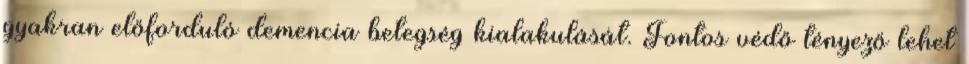
gyakran előforduló demencia betegség kialakulását. Fontos védő tényező lehet